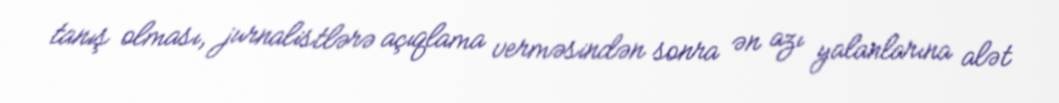
tanış olması, jurnalistlərə açıqlama verməsindən sonra ən azı yalanlarına alət